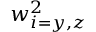
w _ { i = y , z } ^ { 2 }